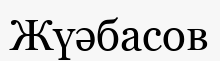
Жүәбасов